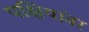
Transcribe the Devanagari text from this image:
पक्षियांवर